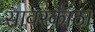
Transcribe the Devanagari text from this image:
सावरकांठा